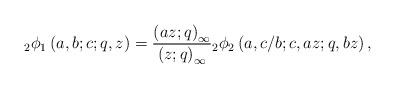
LaTeX: \begin{align*}_{2}\phi_{1}\left(a,b;c;q,z\right)=\frac{\left(az;q\right)_{\infty}}{\left(z;q\right)_{\infty}}{}_{2}\phi_{2}\left(a,c/b;c,az;q,bz\right),\end{align*}